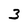
Character: 3